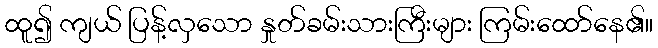
ထူ၍ ကျယ် ပြန့်လှသော နှုတ်ခမ်းသားကြီးများ ကြမ်းထော်နေ၏။